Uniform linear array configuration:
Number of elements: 4
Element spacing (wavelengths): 1
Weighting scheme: hamming
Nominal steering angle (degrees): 30
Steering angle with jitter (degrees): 31.055
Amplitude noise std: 0.05
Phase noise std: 0.05

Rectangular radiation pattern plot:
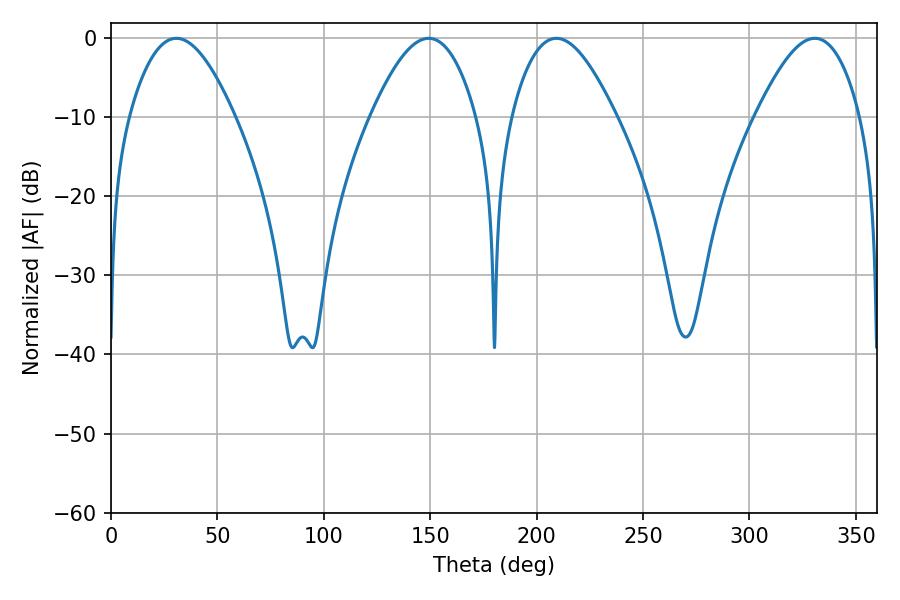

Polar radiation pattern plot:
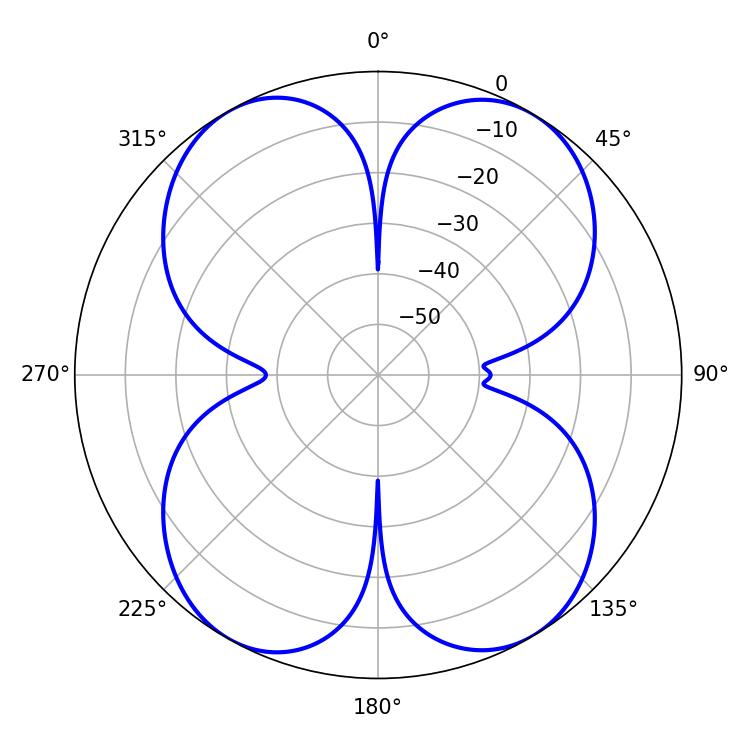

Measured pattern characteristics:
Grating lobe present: TRUE
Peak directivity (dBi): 20.945
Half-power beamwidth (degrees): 26.46
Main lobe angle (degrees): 209.34